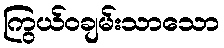
ကြွယ်ဝချမ်းသာသော